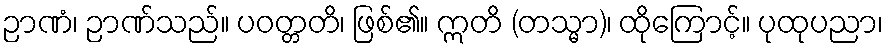
ဉာဏံ၊ ဉာဏ်သည်။ ပဝတ္တတိ၊ ဖြစ်၏။ ဣတိ (တသ္မာ)၊ ထိုကြောင့်။ ပုထုပညာ၊